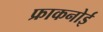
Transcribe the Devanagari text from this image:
फ्राकनोई